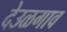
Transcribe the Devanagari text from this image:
देउळगाव